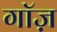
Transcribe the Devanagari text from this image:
गॉज़